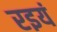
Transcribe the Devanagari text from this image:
रइयं